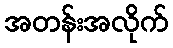
အတန်းအလိုက်